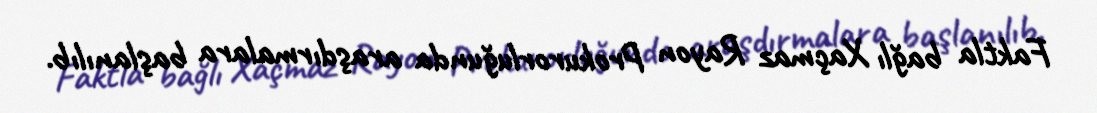
Faktla bağlı Xaçmaz Rayon Prokurorluğunda araşdırmalara başlanılıb.